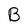
Character: B